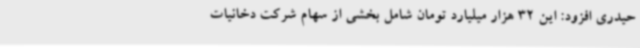
حیدری افزود: این 32 هزار میلیارد تومان شامل بخشی از سهام شرکت دخانیات